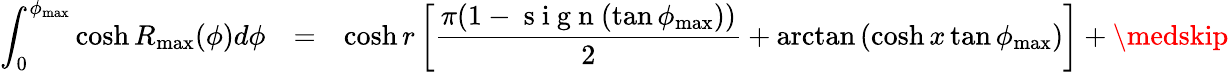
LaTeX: \begin{array}{rll}{\displaystyle\int_{0}^{\phi_{\operatorname*{max}}}\cosh R_{\operatorname*{max}}(\phi)d\phi}&{=}&{\displaystyle\cosh r\left[\frac{\pi(1-\mathrm{~s~i~g~n~}(\tan\phi_{\operatorname*{max}}))}{2}+\arctan\left(\cosh x\tan\phi_{\operatorname*{max}}\right)\right]+\medskip}\end{array}